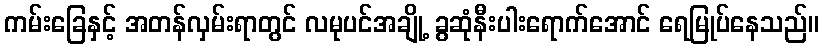
ကမ်းခြေနှင့် အတန်လှမ်းရာတွင် လမုပင်အချို့ ခွဆုံနီးပါးရောက်အောင် ရေမြုပ်နေသည်။